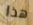
هذا